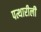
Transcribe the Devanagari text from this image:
पत्थारीली